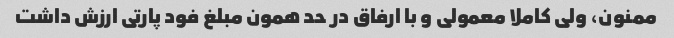
ممنون، ولی کاملا معمولی و با ارفاق در حد همون مبلغ فود پارتی ارزش داشت